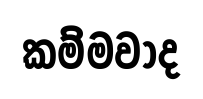
කම්මවාද